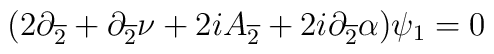
(2 \partial_{\overline{2}}+\partial_{\overline{2}} \nu  +2iA_{\overline{2}} + 2i\partial_{\overline{2}} \alpha) \psi_{1}=0